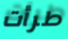
طرأت